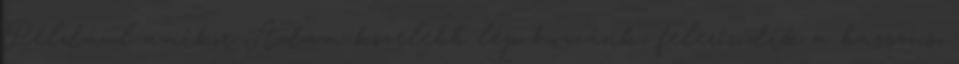
Például amikor Adam közelebb lép hozzánk, felerősödik a basszus,